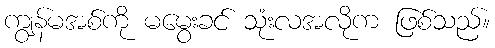
ကျွန်မအစ်ကို မမွေးခင် သုံးလအလိုက ဖြစ်သည်။